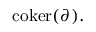
{ \mathrm { c o k e r } } ( \partial ) .